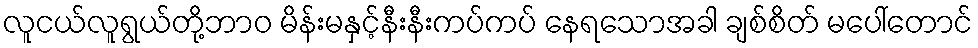
လူငယ်လူရွယ်တို့ဘာဝ မိန်းမနှင့်နီးနီးကပ်ကပ် နေရသောအခါ ချစ်စိတ် မပေါ်တောင်